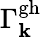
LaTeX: \Gamma_{\mathbf{k}}^{\mathrm{{gh}}}